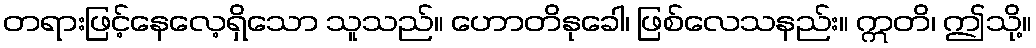
တရားဖြင့်နေလေ့ရှိသော သူသည်။ ဟောတိနုခေါ၊ ဖြစ်လေသနည်း။ ဣတိ၊ ဤသို့။